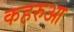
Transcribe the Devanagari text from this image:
कहरुआ